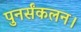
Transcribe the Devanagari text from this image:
पुनर्संकलन।